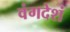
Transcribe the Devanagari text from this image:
वंगदेशं